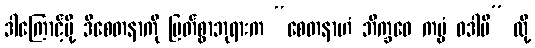
ဒါကြောင့်မို့ ဒီစေတနာကို မြတ်စွာဘုရားက “စေတနာဟံ ဘိက္ခဝေ ကမ္မံ ဝဒါမိ” လို့